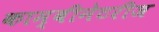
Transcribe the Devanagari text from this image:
काम्बीनेटरीज